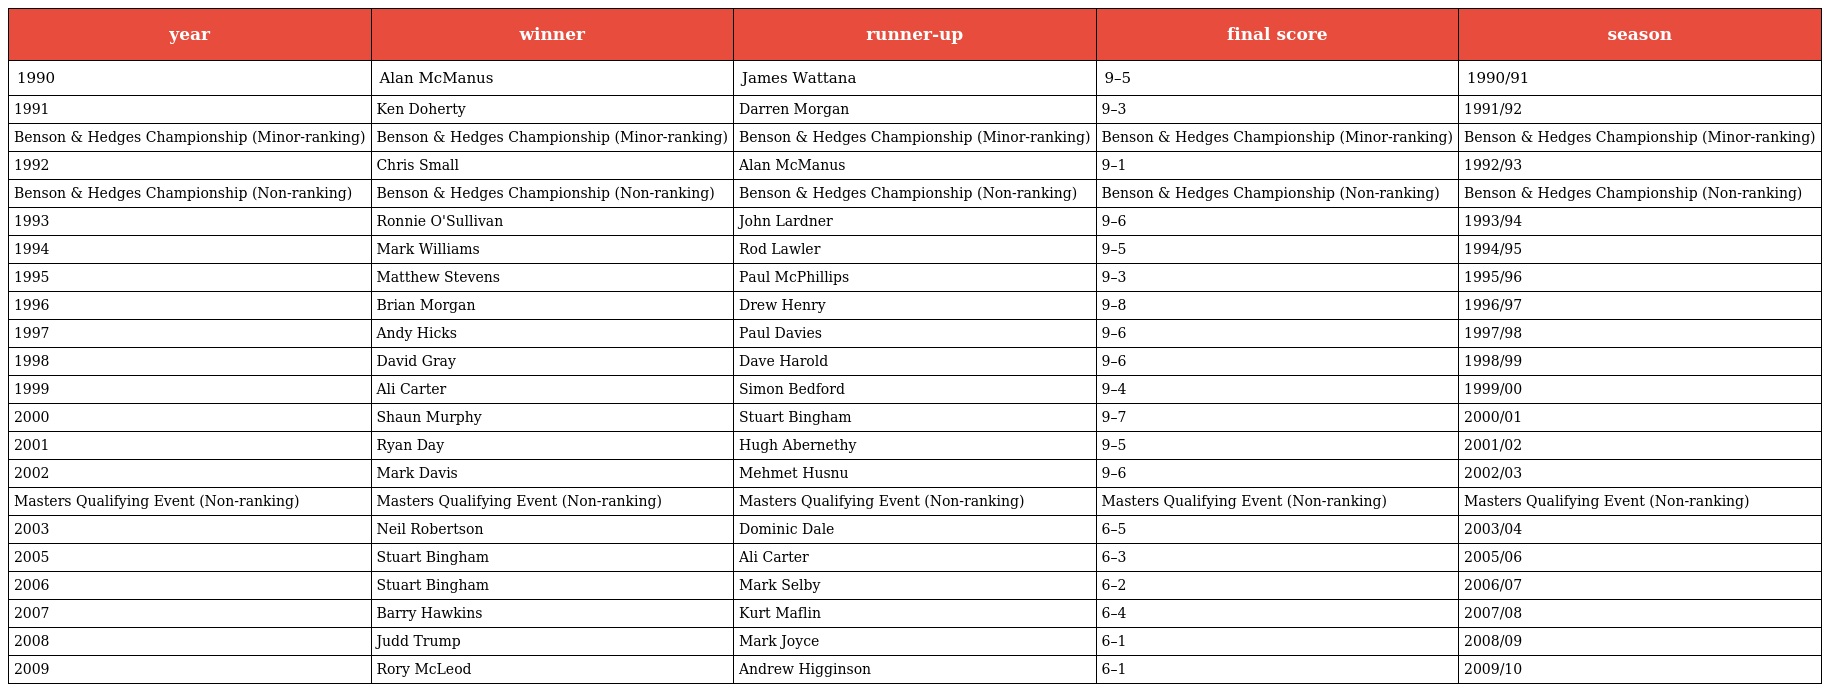
| year | winner | runner-up | final score | season |
 | --- | --- | --- | --- | --- |
 | 1990 | Alan McManus | James Wattana | 9–5 | 1990/91 |
 | 1991 | Ken Doherty | Darren Morgan | 9–3 | 1991/92 |
 | Benson & Hedges Championship (Minor-ranking) | Benson & Hedges Championship (Minor-ranking) | Benson & Hedges Championship (Minor-ranking) | Benson & Hedges Championship (Minor-ranking) | Benson & Hedges Championship (Minor-ranking) |
 | 1992 | Chris Small | Alan McManus | 9–1 | 1992/93 |
 | Benson & Hedges Championship (Non-ranking) | Benson & Hedges Championship (Non-ranking) | Benson & Hedges Championship (Non-ranking) | Benson & Hedges Championship (Non-ranking) | Benson & Hedges Championship (Non-ranking) |
 | 1993 | Ronnie O'Sullivan | John Lardner | 9–6 | 1993/94 |
 | 1994 | Mark Williams | Rod Lawler | 9–5 | 1994/95 |
 | 1995 | Matthew Stevens | Paul McPhillips | 9–3 | 1995/96 |
 | 1996 | Brian Morgan | Drew Henry | 9–8 | 1996/97 |
 | 1997 | Andy Hicks | Paul Davies | 9–6 | 1997/98 |
 | 1998 | David Gray | Dave Harold | 9–6 | 1998/99 |
 | 1999 | Ali Carter | Simon Bedford | 9–4 | 1999/00 |
 | 2000 | Shaun Murphy | Stuart Bingham | 9–7 | 2000/01 |
 | 2001 | Ryan Day | Hugh Abernethy | 9–5 | 2001/02 |
 | 2002 | Mark Davis | Mehmet Husnu | 9–6 | 2002/03 |
 | Masters Qualifying Event (Non-ranking) | Masters Qualifying Event (Non-ranking) | Masters Qualifying Event (Non-ranking) | Masters Qualifying Event (Non-ranking) | Masters Qualifying Event (Non-ranking) |
 | 2003 | Neil Robertson | Dominic Dale | 6–5 | 2003/04 |
 | 2005 | Stuart Bingham | Ali Carter | 6–3 | 2005/06 |
 | 2006 | Stuart Bingham | Mark Selby | 6–2 | 2006/07 |
 | 2007 | Barry Hawkins | Kurt Maflin | 6–4 | 2007/08 |
 | 2008 | Judd Trump | Mark Joyce | 6–1 | 2008/09 |
 | 2009 | Rory McLeod | Andrew Higginson | 6–1 | 2009/10 |